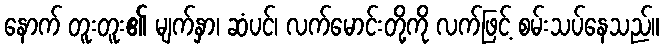
နောက် တူးတူး၏ မျက်နှာ၊ ဆံပင်၊ လက်မောင်းတို့ကို လက်ဖြင့် စမ်းသပ်နေသည်။